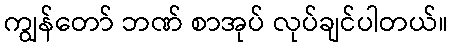
ကျွန်တော် ဘဏ် စာအုပ် လုပ်ချင်ပါတယ်။